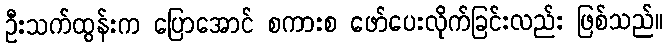
ဦးသက်ထွန်းက ပြောအောင် စကားစ ဖော်ပေးလိုက်ခြင်းလည်း ဖြစ်သည်။